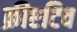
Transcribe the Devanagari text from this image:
क्रीएटिव